Civil Veterinary Dept. Bombay admin report 1923-31 - 1923-1931
Year: 1923
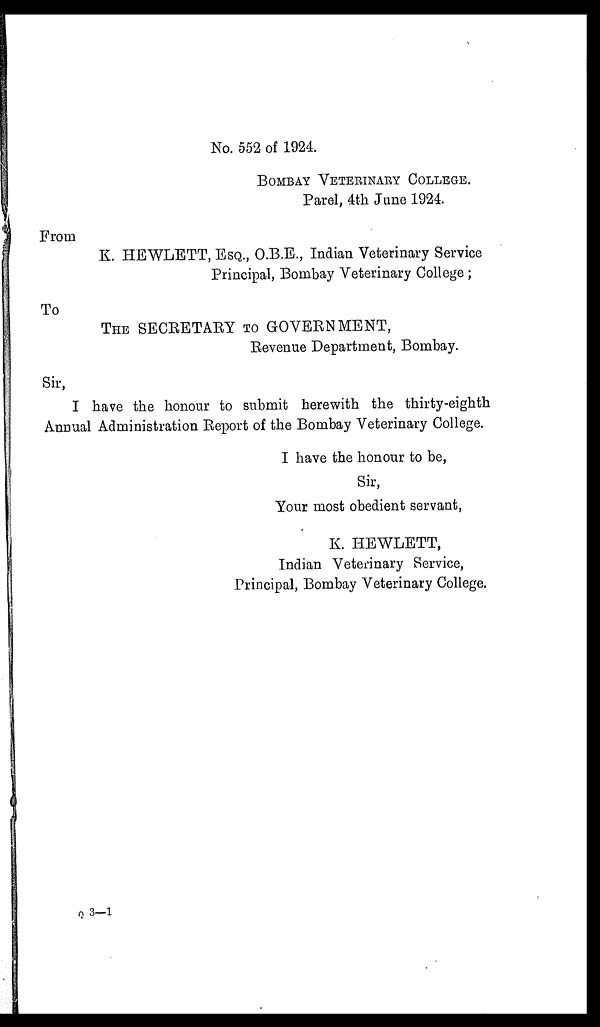
No. 552 of 1924.
BOMBAY VETERINARY COLLEGE.
Parel, 4th June 1924.
From
K. HEWLETT, ESQ., O.B.E., Indian Veterinary Service
Principal, Bombay Veterinary College ;
To
THE SECRETAEY TO GOVERNMENT,
Revenue Department, Bombay.
Sir,
I have the honour to submit herewith the thirty-eighth
Annual Administration Report of the Bombay Veterinary College.
I have the honour to be,
Sir,
Your most obedient servant,
K. HEWLETT,
Indian Veterinary Service,
Principal, Bombay Veterinary College.
Q 3—1